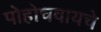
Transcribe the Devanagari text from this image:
पोहोचवायचे